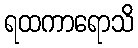
ရထကာရောသိ